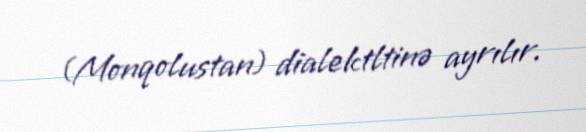
(Monqolustan) dialektltinə ayrılır.